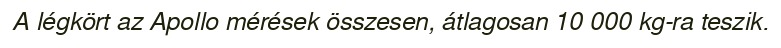
A légkört az Apollo mérések összesen, átlagosan 10 000 kg-ra teszik.